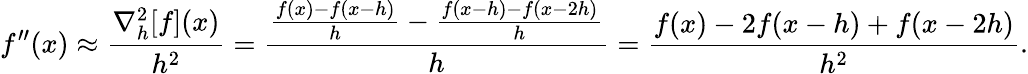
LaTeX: f^{\prime\prime}(x)\approx{\frac{\nabla_{h}^{2}[f](x)}{h^{2}}}={\frac{{\frac{f(x)-f(x-h)}{h}}-{\frac{f(x-h)-f(x-2h)}{h}}}{h}}={\frac{f(x)-2f(x-h)+f(x-2h)}{h^{2}}}.